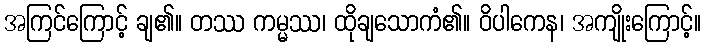
အကြင်ကြောင့် ချ၏။ တဿ ကမ္မဿ၊ ထိုချသောကံ၏။ ဝိပါကေန၊ အကျိုးကြောင့်။